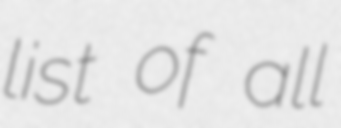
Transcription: list of all